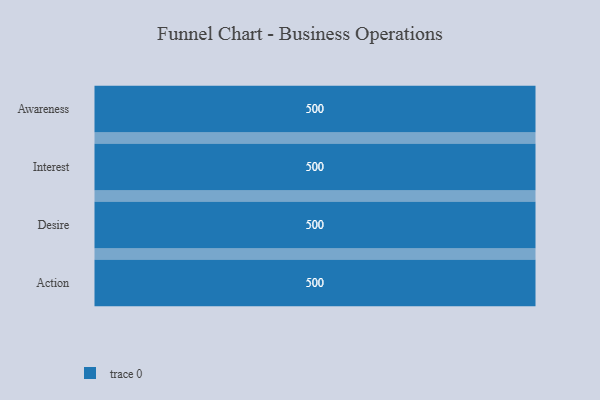
{"axis": {"x": "Stage", "y": "Value"}, "legend": [""], "data": [{"x": "Awareness", "y": 500, "type": ""}, {"x": "Interest", "y": 500, "type": ""}, {"x": "Desire", "y": 500, "type": ""}, {"x": "Action", "y": 500, "type": ""}]}